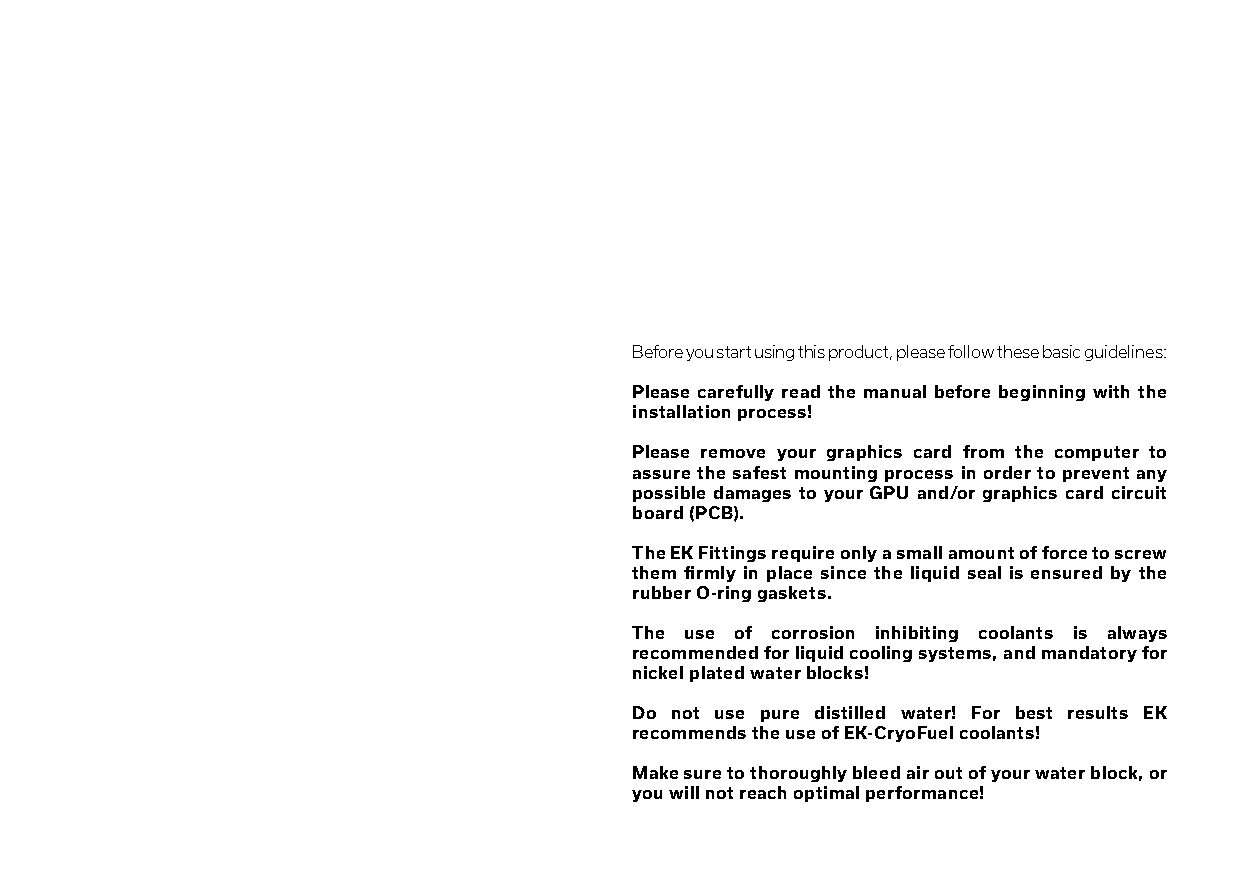
Before you start using this product, please follow these basic guidelines:
 Please carefully read the manual before beginning with the
 installation process!
 Please remove your graphics card from the computer to
 assure the safest mounting process in order to prevent any
 possible damages to your GPU and/or graphics card circuit
 board (PCB).
 The EK Fittings require only a small amount of force to screw
 them firmly in place since the liquid seal is ensured by the
 rubber O-ring gaskets.
 The use of corrosion inhibiting coolants is always
 recommended for liquid cooling systems, and mandatory for
 nickel plated water blocks!
 Do not use pure distilled water! For best results EK
 recommends the use of EK-CryoFuel coolants!
 Make sure to thoroughly bleed air out of your water block, or
 you will not reach optimal performance!